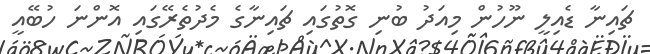
ޗައިނާ ޑެއިލީ ނޫހުން މިއަދު ބުނި ގޮތުގައި ޗައިނާގެ މެދުތެރޭގައި އޮންނަ ހުބޭއީ